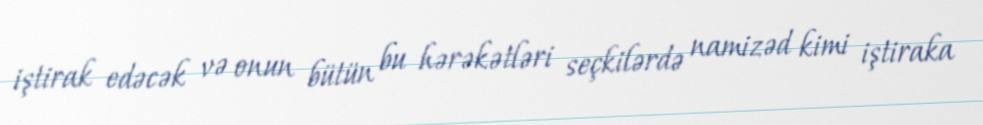
iştirak edəcək və onun bütün bu hərəkətləri seçkilərdə namizəd kimi iştiraka